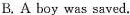
B.A boy was saved.